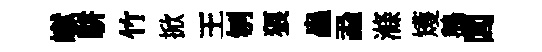
𪩘駢竹掀王刎狼蟲蝨滌矱鵝閭